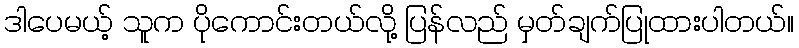
ဒါပေမယ့် သူက ပိုကောင်းတယ်လို့ ပြန်လည် မှတ်ချက်ပြုထားပါတယ်။